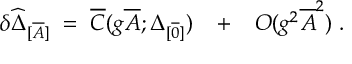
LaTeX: \delta \widehat { \Delta } _ { [ \overline { { { A } } } ] } \; = \; \overline { { { C } } } ( g \overline { { { A } } } ; \Delta _ { [ \overline { { { 0 } } } ] } ) \; \; \; + \; \; \; O ( g ^ { 2 } \overline { { { A } } } ^ { 2 } ) \; .